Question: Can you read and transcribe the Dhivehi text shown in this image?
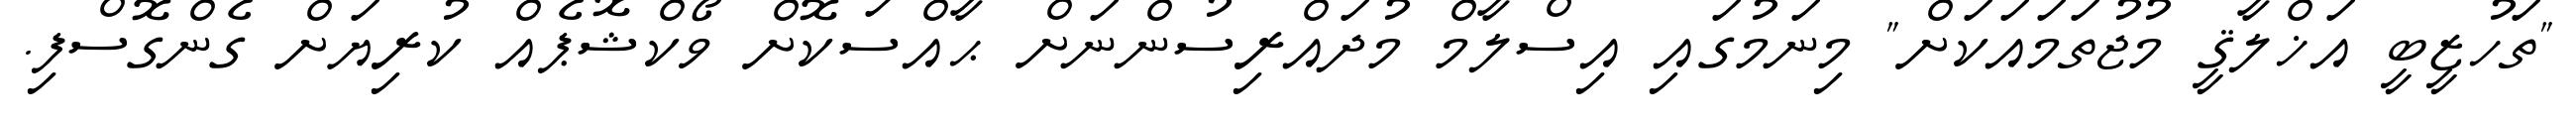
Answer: "ތަހުޒީބީ އަޚްލާޤީ މުޖުތަމައަކަށް" މިނަމުގައި އިސްލާމް މުދައްރިސުންނަށް ޙާއްސަކޮށް ވޯކްޝޮޕެއް ކުރިޔަށް ގެންގޮސްފި.